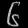
Digit: ၆